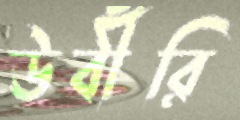
উর্বীরি